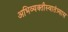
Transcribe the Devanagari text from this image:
अभिव्यक्तीस्वातंत्र्यास